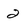
Character: 2